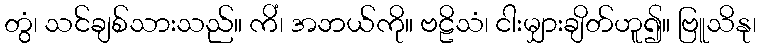
တွံ၊ သင်ချစ်သားသည်။ ကိံ၊ အဘယ်ကို။ ဗဠိသံ၊ ငါးမျှားချိတ်ဟူ၍။ ဗြူသိနု၊